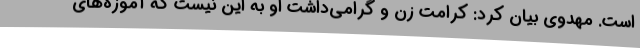
است. مهدوی بیان کرد: کرامت زن و گرامی‌داشت او به این نیست که آموزه‌های